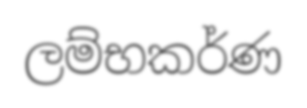
ලම්භකර්ණ